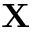
\mathbf { X }